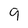
Character: 9